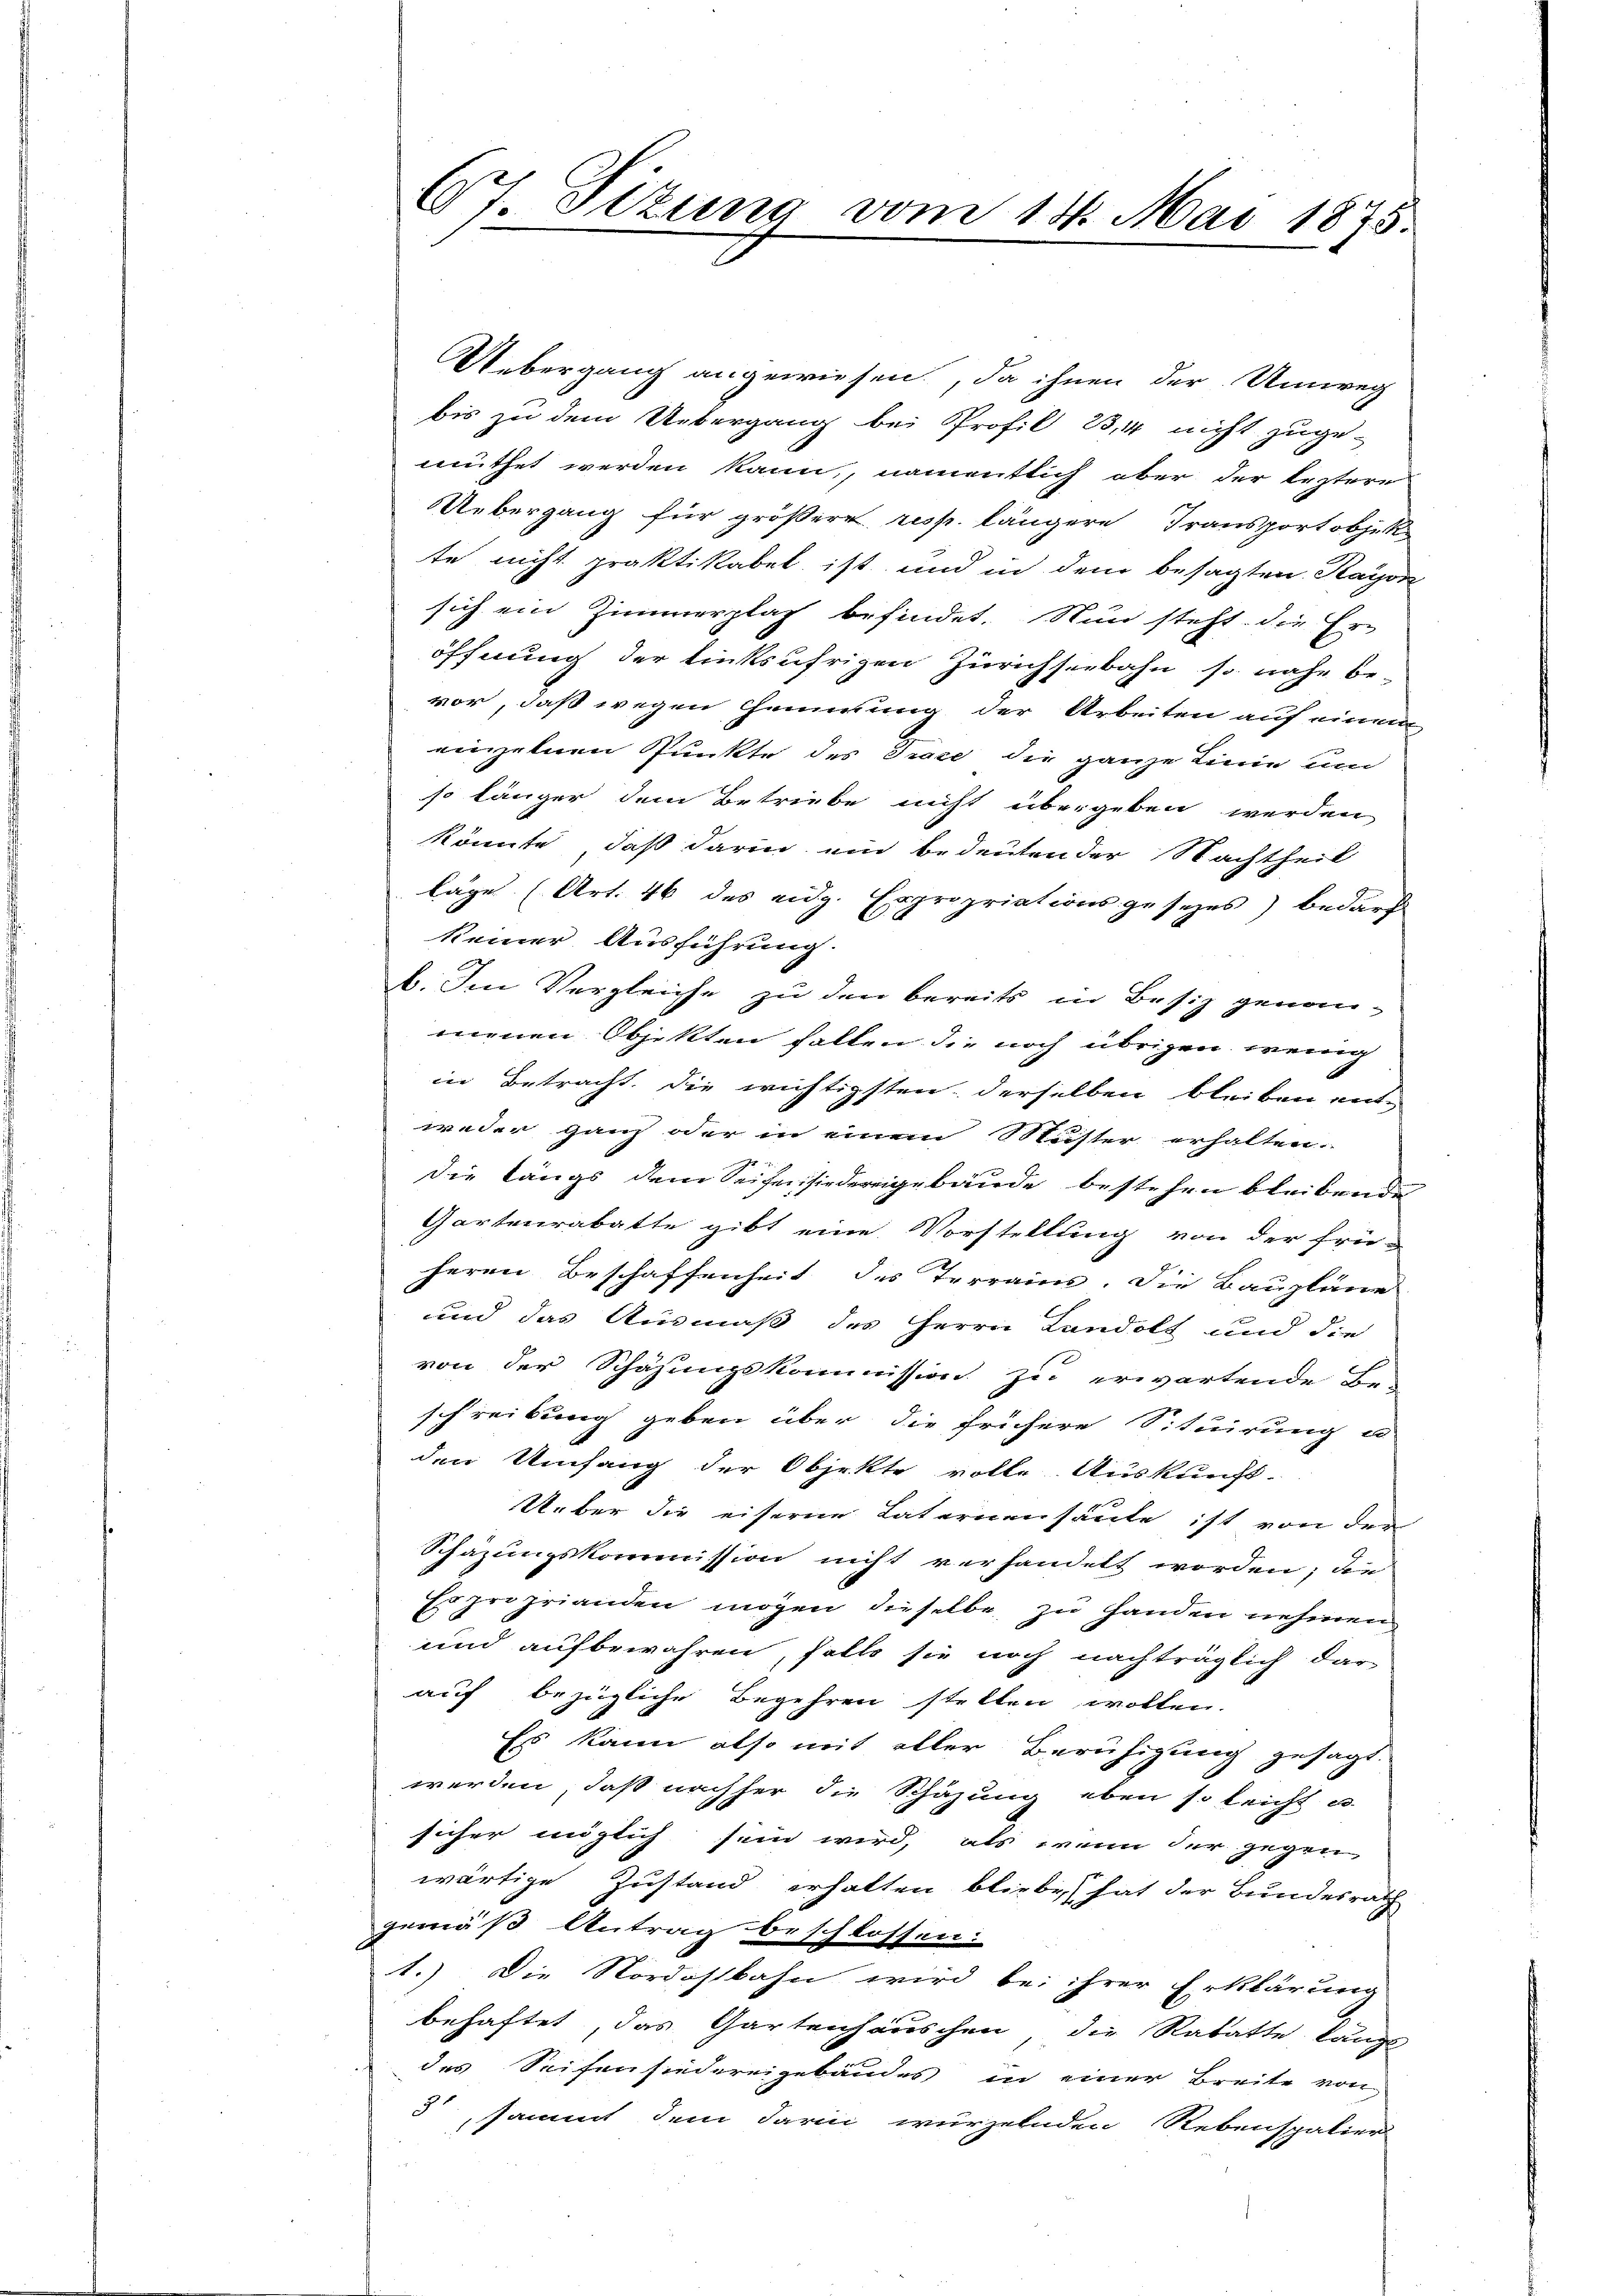
67. Sizung vom 18. Mai 1875

Uebergang angewiesen, da ihnen der Umweg
bis zu dem Uebergang bei Profil B,4 nicht zuge-
muthet werden kann, namentlich aber der leztere
Uebergang für größere resp. längere Transportobjek
te nicht praktikabel ist und in dem besagten Rayon
sich ein Zimmerplag befindet. Nun steht die Er-
öffnung der linksufrigen Zürichseebahn, so nahe be-
vor, daß wegen Hemmung der Arbeiten auf einem
einzelnen Punkte des Trace die ganze Linie um
so länger dem Betriebe nicht übergeben werden
könnte, daß darin ein bedeuten der Nachtheil
läge (Art. 46 des eidg. Expropriationsgesezes) bedarf
keiner Ausführung.
b. Im Vergleiche zu den bereits in Besiz genan-
menen Objekten fallen die noch übrigen wenig
in Betracht, die wichtigsten derselben bleiben eine
weder ganz oder in einem Muster erhalten
Die längs dem Seifensiedereigebäude bestehen bleibend
Gartenrabatte gibt eine Vorstellung von der frü-
heren Beschaffenheit des Terrains. Die Baupläne
und das Ausmäß des Herrn Landolt und die
von der Schäzungskommission zu erwartende Be-
schreibung geben über die frühere Situirung u
den Umfang der Objekte volle. Auskunft-
Ueber die eiserne Laternenhaute ist von der
Schazungskommission nicht verhandelt worden; die
Er proprianden mögen dieselbe zu Handen nehmen
und aufbewahren, falls sie noch nachträglich dar-
auf bezügliche Begehren stellen wollen.
Es kann also mit aller Beruhigung gesagt.
werden, daß nachher die Schäzung eben so leicht es
sicher möglich sein wird, als wenn der gegen
wärtige Zustand erhalten bliebe, hat der Bundesrath
gemäß Antrag beschlossen:
1.) Die Nordostbahn wird bei ihrer Erklärung
behaftet, das Gartenhäuschen die Rabatte längl
des Seifensiedereigebäudes in einer Breite von
3, sammt dem darin wurzelnden Rebenspatier